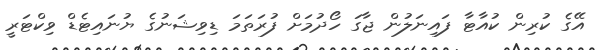
އޭގެ ކުރިން ކުއާޓާ ފައިނަލުން ޖާގަ ހޯދުމަށް ފުރަތަމަ ޑިވިޝަނުގެ ޔުނައިޓެޑް ވިކްޓަރީ